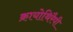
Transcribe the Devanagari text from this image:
क्रायोथिरैपी